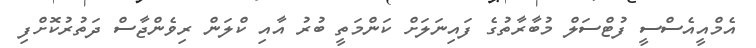
އެމްއީއެސްސީ ފުޓްސަލް މުބާރާތުގެ ފައިނަލަށް ކަންމަތީ ބުރު އާއި ކްލަން ރިވެންޖާސް ދަތުރުކޮށްފި